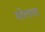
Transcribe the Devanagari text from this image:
सोलला